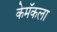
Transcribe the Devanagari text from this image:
केमॅकला